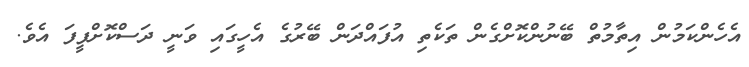
އެހެންކަމުން އިތާމުތް ބޭނުންކޮށްގެން ތަކެތި އުފައްދަން ބޭރުގެ އެހީގައި ވަނީ ދަސްކޮށްފީފަ އެވެ.